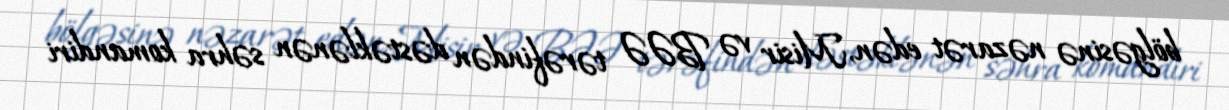
bölgəsinə nəzarət edən, Misir və BƏƏ tərəfindən dəstəklənən səhra komandiri